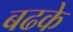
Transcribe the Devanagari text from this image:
बढके